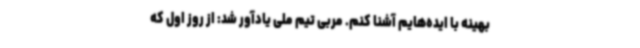
بهینه با ایده‌هایم آشنا کنم. مربی تیم ملی یادآور شد: از روز اول که